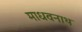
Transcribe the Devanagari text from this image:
माधवनाथ